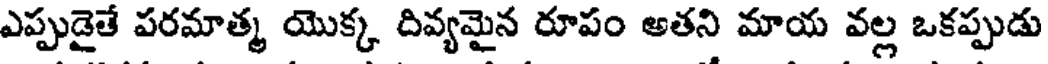
ఎప్పుడైతే పరమాత్మ యొక్క దివ్యమైన రూపం అతని మాయ వల్ల ఒకప్పుడు